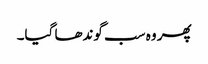
پھر وہ سب گوندھا گیا۔